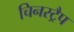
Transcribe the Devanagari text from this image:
चिनस्ट्रैप